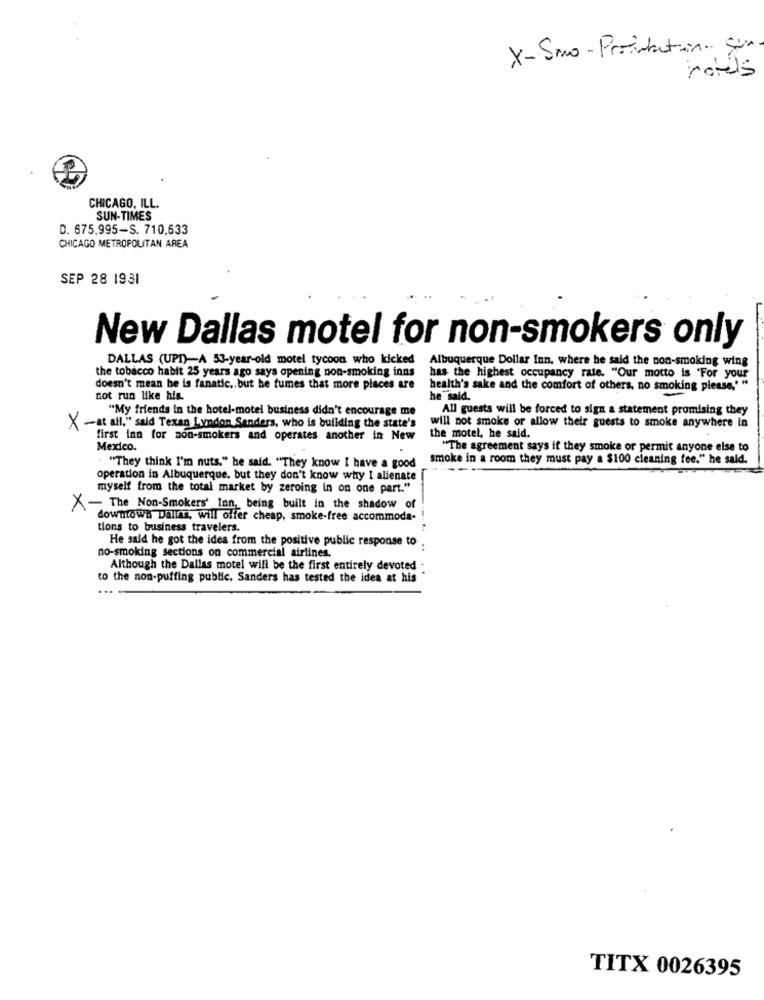
X- Smo - Proibitoin. sur
rotils
CHICAGO, ILL.
SUN-TIMES
D. 675.995-S. 710,633
CHICAGO METROPOLITAN AREA
SEP 28 1931
New Dallas motel for non-smokers only
DALLAS (UPI)-A 53-year-old motel tycoon who kicked
Albuquerque Dollar Inn. where he said the non-smoking wing
the tobacco habit 25 years ago says opening non-smoking inns
has the highest occupancy rate. "Our motto is "For your
doesn't mean he is fanatic .. but he fumes that more places are
health's sake and the comfort of others, no smoking please,'"
not run like his.
he said.
"My friends in the hotel-motel business didn't encourage me
All guests will be forced to sign a statement promising they
X -at all," said Texan Lyndon Sanders, who is building the state's
will not smoke or allow their guests to smoke anywhere In
first inn for non-smokers and operates another in New
the motel, he said.
Mexico.
"The agreement says it they smoke or permit anyone else to
smoke in a room they must pay a $100 cleaning fee." he said.
. "They think I'm nuts," he said. "They know I have a good
operation in Albuquerque, but they don't know why I alienate
myself from the total market by zeroing in on one part."
X- The Non-Smokers' Inn, being built in the shadow of
downtown Dallas, will offer cheap, smoke-free accommoda-
tions to business travelers.
He said he got the idea from the positive public response to
no-smoking sections on commercial airlines.
..
Although the Dallas motel will be the first entirely devoted :
to the non-puffing public. Sanders has tested the idea at his
TITX 0026395